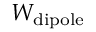
W _ { \mathrm { d i p o l e } }